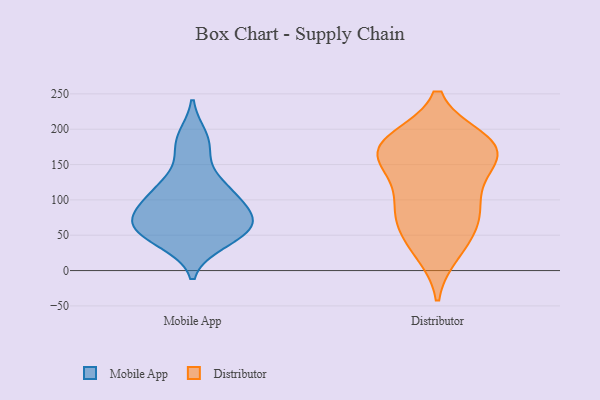
{"axis": {"x": "Website Visitors", "y": "Value"}, "legend": ["Distributor", "Mobile App"], "data": [{"x": "", "y": 81, "type": "Mobile App"}, {"x": "", "y": 188, "type": "Mobile App"}, {"x": "", "y": 83, "type": "Mobile App"}, {"x": "", "y": 62, "type": "Mobile App"}, {"x": "", "y": 61, "type": "Mobile App"}, {"x": "", "y": 49, "type": "Mobile App"}, {"x": "", "y": 112, "type": "Mobile App"}, {"x": "", "y": 41, "type": "Mobile App"}, {"x": "", "y": 80, "type": "Mobile App"}, {"x": "", "y": 58, "type": "Mobile App"}, {"x": "", "y": 173, "type": "Mobile App"}, {"x": "", "y": 121, "type": "Mobile App"}, {"x": "", "y": 115, "type": "Mobile App"}, {"x": "", "y": 126, "type": "Distributor"}, {"x": "", "y": 33, "type": "Distributor"}, {"x": "", "y": 155, "type": "Distributor"}, {"x": "", "y": 181, "type": "Distributor"}, {"x": "", "y": 84, "type": "Distributor"}, {"x": "", "y": 155, "type": "Distributor"}, {"x": "", "y": 59, "type": "Distributor"}, {"x": "", "y": 164, "type": "Distributor"}, {"x": "", "y": 82, "type": "Distributor"}, {"x": "", "y": 185, "type": "Distributor"}, {"x": "", "y": 108, "type": "Distributor"}, {"x": "", "y": 181, "type": "Distributor"}, {"x": "", "y": 75, "type": "Distributor"}, {"x": "", "y": 177, "type": "Distributor"}, {"x": "", "y": 174, "type": "Distributor"}, {"x": "", "y": 26, "type": "Distributor"}]}